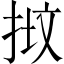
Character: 𢭷